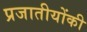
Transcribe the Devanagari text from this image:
प्रजातीयोंकी